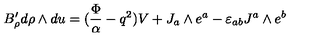
B _ { \rho } ^ { \prime } d \rho \wedge d u = ( { \frac { \Phi } { \alpha } } - q ^ { 2 } ) V + J _ { a } \wedge e ^ { a } - \varepsilon _ { a b } J ^ { a } \wedge e ^ { b }